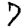
Digit: 7